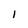
Character: I